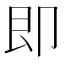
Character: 即